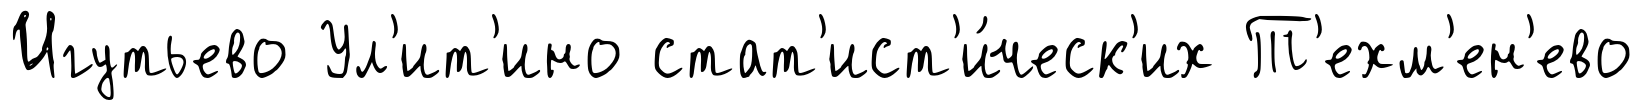
Игутьево Ул'ит'ино стат'ист'и́ческ'их Т'ехм'ен'ево